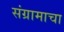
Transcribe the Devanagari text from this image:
संग्रामाचा